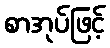
စာအုပ်ဖြင့်